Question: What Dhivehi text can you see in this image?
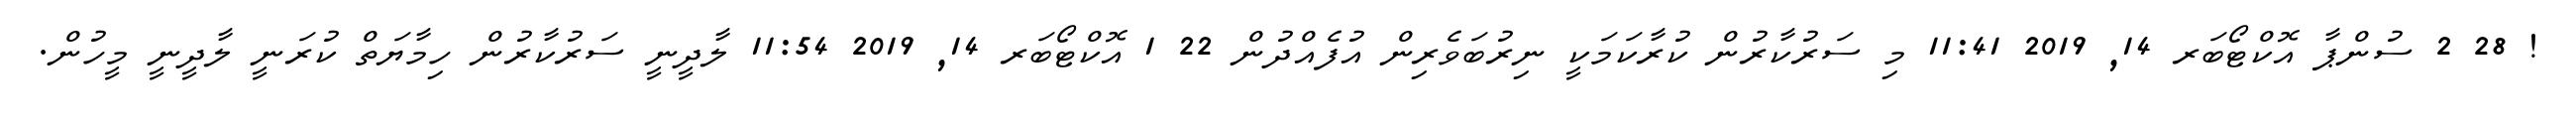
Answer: ! 28 2 ސުންޕާ އޮކްޓޯބަރ 14, 2019 11:41 މި ސަރުކާރުން ކުރާކަމަކީ ނިރުބަވެރިން އުފެއްދުން 22 1 އޮކްޓޯބަރ 14, 2019 11:54 ލާދީނީ ސަރުކާރުން ހިމާޔަތް ކުރަނީ ލާދީނީ މީހުން.